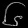
Digit: ၆